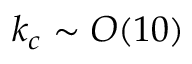
k _ { c } \sim O ( 1 0 )